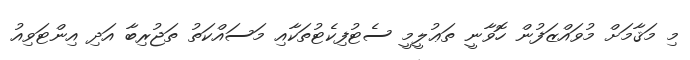
މި މަޤާމަށް މުވައްްޒަފުން ހޮވާނީ ތަޢުލީމީ ސެޓުފިކެޓުތަކާއި މަސައްކަތު ތަޖުރިބާ އަދި އިންޓަވިއު